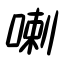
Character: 喇